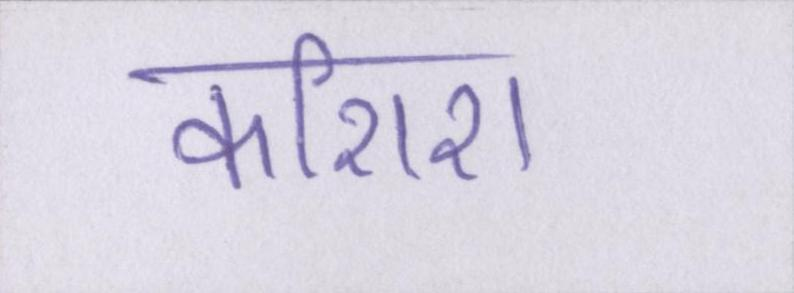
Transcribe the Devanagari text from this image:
कशिश